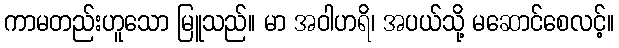
ကာမတည်းဟူသော မြူသည်။ မာ အဝါဟရိ၊ အပယ်သို့ မဆောင်စေလင့်။